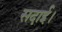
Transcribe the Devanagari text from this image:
सदाई।